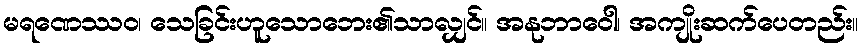
မရဏေဿဝ၊ သေခြင်းဟူသောဘေး၏သာလျှင်။ အနုဘာဝေါ၊ အကျိုးဆက်ပေတည်း။